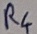
Text: R4